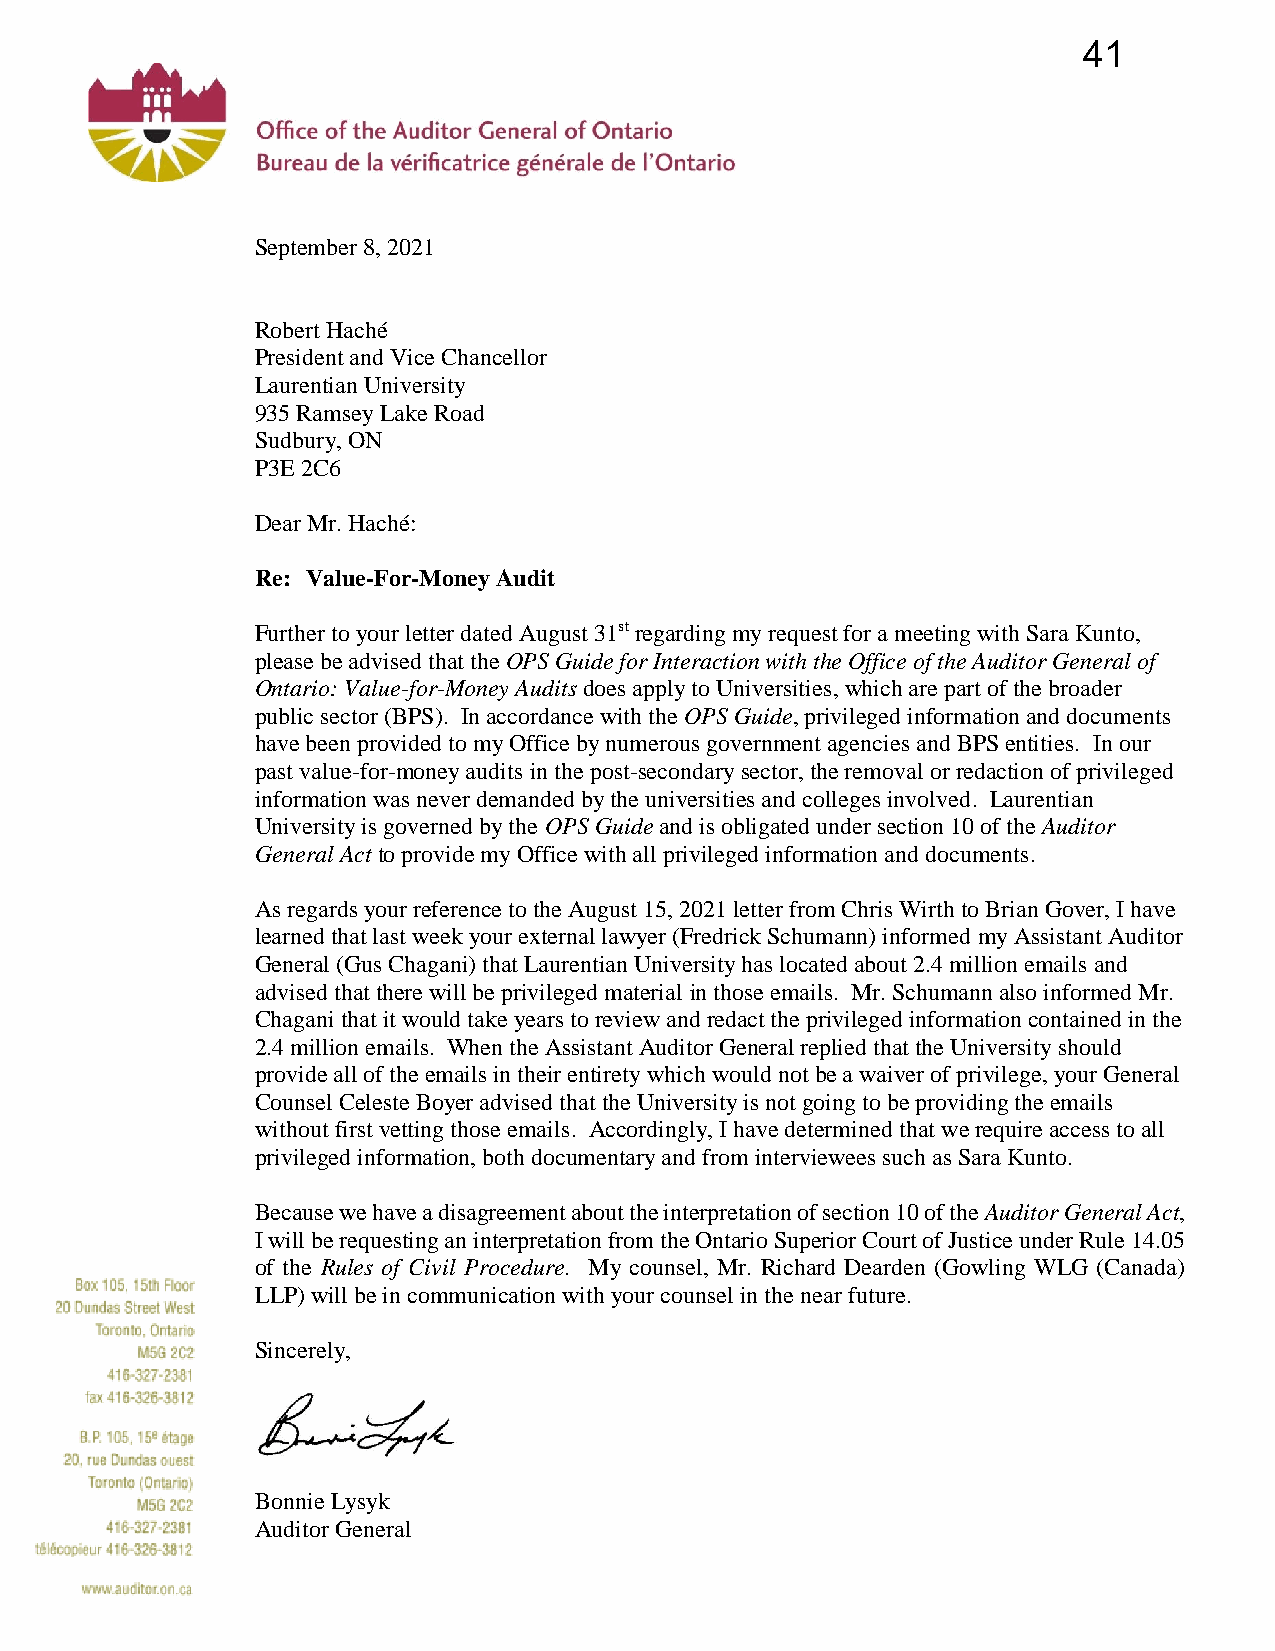
41
 September 8, 2021
 Robert Haché
 President and Vice Chancellor
 Laurentian University
 935 Ramsey Lake Road
 Sudbury, ON
 P3E 2C6
 Dear Mr. Haché:
 Re: Value-For-Money Audit
 Further to your letter dated August 31st regarding my request for a meeting with Sara Kunto,
 please be advised that the OPS Guide for Interaction with the Office of the Auditor General of
 Ontario: Value-for-Money Audits does apply to Universities, which are part of the broader
 public sector (BPS). In accordance with the OPS Guide, privileged information and documents
 have been provided to my Office by numerous government agencies and BPS entities. In our
 past value-for-money audits in the post-secondary sector, the removal or redaction of privileged
 information was never demanded by the universities and colleges involved. Laurentian
 University is governed by the OPS Guide and is obligated under section 10 of the Auditor
 General Act to provide my Office with all privileged information and documents.
 As regards your reference to the August 15, 2021 letter from Chris Wirth to Brian Gover, I have
 learned that last week your external lawyer (Fredrick Schumann) informed my Assistant Auditor
 General (Gus Chagani) that Laurentian University has located about 2.4 million emails and
 advised that there will be privileged material in those emails. Mr. Schumann also informed Mr.
 Chagani that it would take years to review and redact the privileged information contained in the
 2.4 million emails. When the Assistant Auditor General replied that the University should
 provide all of the emails in their entirety which would not be a waiver of privilege, your General
 Counsel Celeste Boyer advised that the University is not going to be providing the emails
 without first vetting those emails. Accordingly, I have determined that we require access to all
 privileged information, both documentary and from interviewees such as Sara Kunto.
 Because we have a disagreement about the interpretation of section 10 of the Auditor General Act,
 I will be requesting an interpretation from the Ontario Superior Court of Justice under Rule 14.05
 of the Rules of Civil Procedure. My counsel, Mr. Richard Dearden (Gowling WLG (Canada)
 LLP) will be in communication with your counsel in the near future.
 Sincerely,
 Bonnie Lysyk
 Auditor General